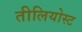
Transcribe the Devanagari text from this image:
तीलियोस्ट